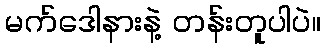
မက်ဒေါနားနဲ့ တန်းတူပါပဲ။